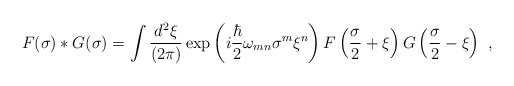
\begin{align*}F(\sigma) \ast G(\sigma)=\int {d^{ 2}\xi\over (2\pi)}\exp\left( i {\hbar\over 2} \omega_{mn}\sigma^m \xi^n \right)F\left( {\sigma \over 2}+ \xi \right)G\left( {\sigma \over 2}- \xi \right)\ ,\end{align*}